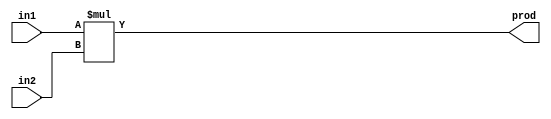
module multiplier(in1, in2, prod);
parameter size = 4;
input [size-1:0] in1, in2;
output [size-1:0] prod;

assign prod = in1 * in2;

endmodule